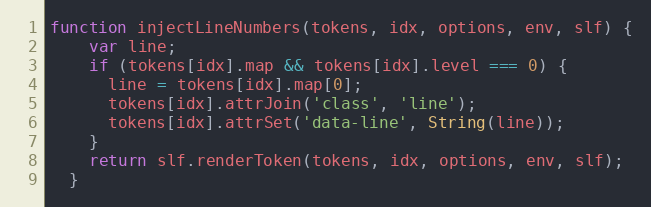
Language: JavaScript
function injectLineNumbers(tokens, idx, options, env, slf) {
    var line;
    if (tokens[idx].map && tokens[idx].level === 0) {
      line = tokens[idx].map[0];
      tokens[idx].attrJoin('class', 'line');
      tokens[idx].attrSet('data-line', String(line));
    }
    return slf.renderToken(tokens, idx, options, env, slf);
  }